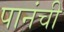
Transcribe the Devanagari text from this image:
पानंची